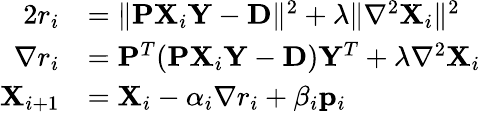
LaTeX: \begin{array}{rl}{2r_{i}}&{=\Vert\mathbf{PX}_{i}\mathbf{Y}-\mathbf{D}\Vert^{2}+\lambda\Vert\nabla^{2}\mathbf{X}_{i}\Vert^{2}}\\ {\nabla r_{i}}&{=\mathbf{P}^{T}(\mathbf{PX}_{i}\mathbf{Y}-\mathbf{D})\mathbf{Y}^{T}+\lambda\nabla^{2}\mathbf{X}_{i}}\\ {\mathbf{X}_{i+1}}&{=\mathbf{X}_{i}-\alpha_{i}\nabla{r_{i}}+\beta_{i}\mathbf{p}_{i}}\end{array}